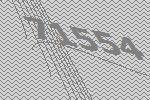
71554